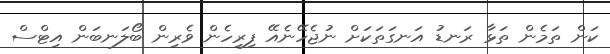
ކަން ތަމެން ތަޅާ ރަނޑު އަނގަތަކަށް ނުޖެހޭނެއޭ ފިރިހެން ވެރިން ބޯލަނބަން އިޓްސް